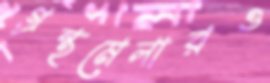
গ্রন্থমেলারও